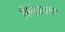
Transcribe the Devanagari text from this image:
सिनेजगतात